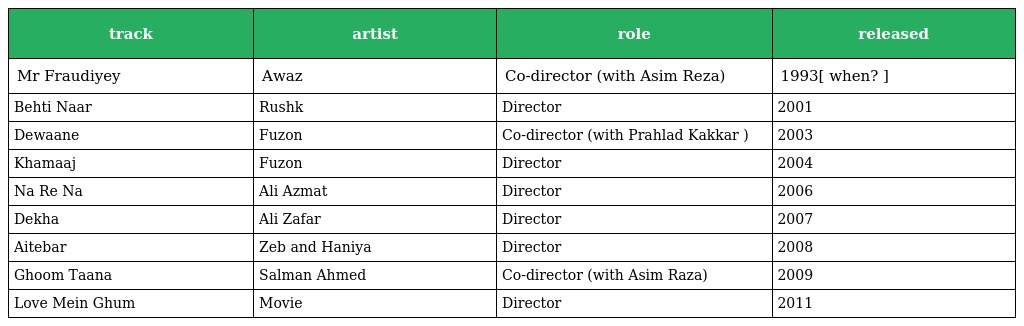
| track | artist | role | released |
 | --- | --- | --- | --- |
 | Mr Fraudiyey | Awaz | Co-director (with Asim Reza) | 1993[ when? ] |
 | Behti Naar | Rushk | Director | 2001 |
 | Dewaane | Fuzon | Co-director (with Prahlad Kakkar ) | 2003 |
 | Khamaaj | Fuzon | Director | 2004 |
 | Na Re Na | Ali Azmat | Director | 2006 |
 | Dekha | Ali Zafar | Director | 2007 |
 | Aitebar | Zeb and Haniya | Director | 2008 |
 | Ghoom Taana | Salman Ahmed | Co-director (with Asim Raza) | 2009 |
 | Love Mein Ghum | Movie | Director | 2011 |